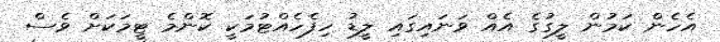
އެހެން ކަމުން ލީގުގެ އެއް ވަނައިގައި ލީޑު ހިފެހެއްޓުމަކީ ކޮންމެ ޓީމަކަށް ވެސް